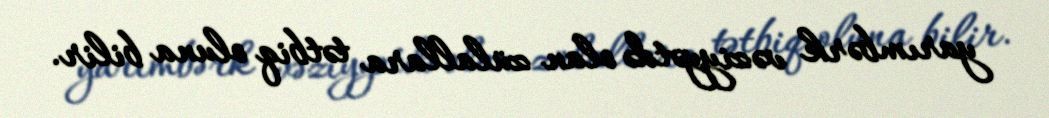
yarımbərk vəziyyətdə olan zülallara tətbiq oluna bilir.